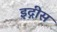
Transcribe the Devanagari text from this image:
इद्गीस